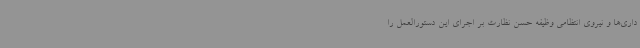
داری‌ها و نیروی انتظامی وظیفه حسن نظارت بر اجرای این دستورالعمل را